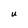
Character: u